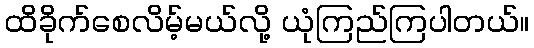
ထိခိုက်စေလိမ့်မယ်လို့ ယုံကြည်ကြပါတယ်။